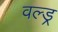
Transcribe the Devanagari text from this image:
वल्ड्र